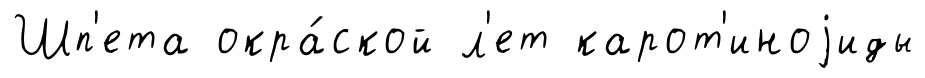
Шп'ета окра́ской л'ет карот'иноjиды